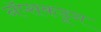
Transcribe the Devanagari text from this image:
नॅप्सकडून